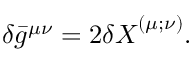
{ } \delta \bar { g } ^ { \mu \nu } = 2 { \delta X } ^ { ( \mu ; \nu ) } .